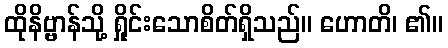
ထိုနိဗ္ဗာန်သို့ ရှိုင်းသောစိတ်ရှိသည်။ ဟောတိ၊ ၏။